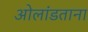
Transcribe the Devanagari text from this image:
ओलांडताना